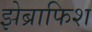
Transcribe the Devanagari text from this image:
झेब्राफिश